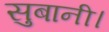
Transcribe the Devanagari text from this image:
सुबानी।